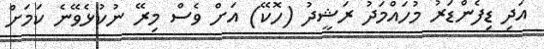
އަދި ޑިފެންޑަރު މުހައްމަދު ރަޝީދު (ހޮކޭ) އަށް ވެސް މިރޭ ނުކުޅެވޭނެ ކަމަށް